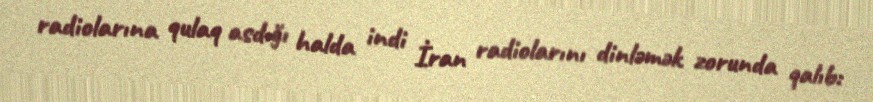
radiolarına qulaq asdığı halda indi İran radiolarını dinləmək zorunda qalıb: